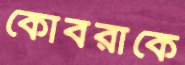
কোবরাকে